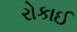
રોકાઈ